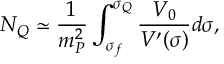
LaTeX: N _ { Q } \simeq \frac { 1 } { m _ { P } ^ { 2 } } \int _ { \sigma _ { f } } ^ { \sigma _ { Q } } \frac { V _ { 0 } } { V ^ { \prime } ( \sigma ) } d \sigma ,